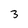
Character: 3